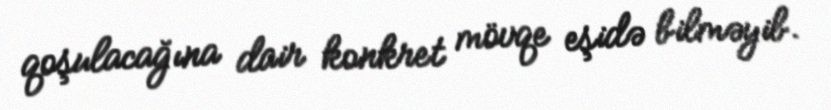
qoşulacağına dair konkret mövqe eşidə bilməyib.